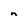
Character: n